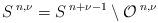
LaTeX: \begin{align*}S^{\:n,\nu}=S^{\:n+\nu-1}\setminus\mathcal{O}^{\:n,\nu}\end{align*}